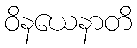
ဝိနယေနာတိ